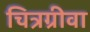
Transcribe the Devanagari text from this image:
चित्रग्रीवा